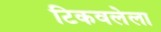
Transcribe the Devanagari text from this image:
टिकवलेला